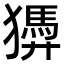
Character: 㺛